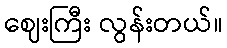
ဈေးကြီး လွန်းတယ်။